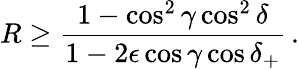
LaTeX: R\geq\frac{1-\cos^{2}\gamma\cos^{2}\delta}{1-2\epsilon\cos\gamma\cos\delta_{+}}\, .